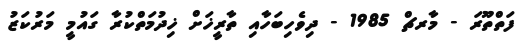
ފަތްތޫރަ - މާރޗް 1985 - ދިވެހިބަހާއި ތާރީޚަށް ޚިދުމަތްކުރާ ގައުމީ މަރުކަޒު